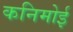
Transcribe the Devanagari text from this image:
कनिमोई